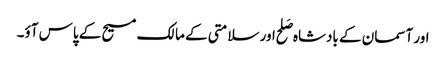
اور آسمان کے بادشاہ صَلح اور سلامتی کے مالک مسیح کے پاس آؤ۔